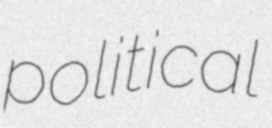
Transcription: political